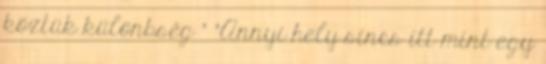
köztük különbség " "Annyi hely sincs itt mint egy